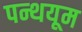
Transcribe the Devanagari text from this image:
पन्थयूम